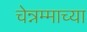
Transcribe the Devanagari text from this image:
चेन्नम्माच्या